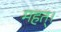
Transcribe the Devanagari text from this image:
महत्।